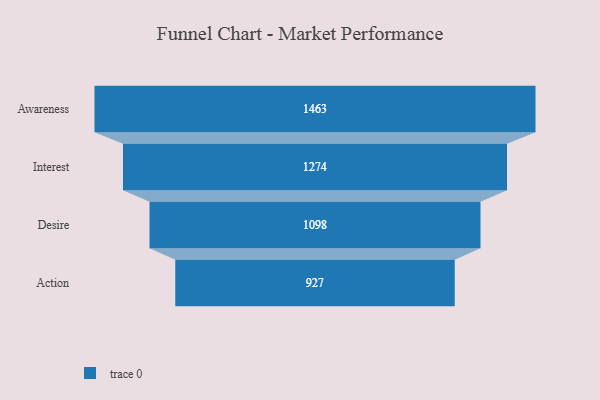
{"axis": {"x": "Stage", "y": "Value"}, "legend": [""], "data": [{"x": "Awareness", "y": 1463.0, "type": ""}, {"x": "Interest", "y": 1274.0, "type": ""}, {"x": "Desire", "y": 1098.0, "type": ""}, {"x": "Action", "y": 927.0, "type": ""}]}